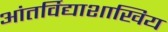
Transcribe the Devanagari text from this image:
आंतर्विद्याशाखिय